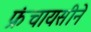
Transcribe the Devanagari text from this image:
फ्रंचायसीने